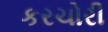
કરચોરી